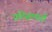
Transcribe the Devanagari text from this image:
प्रतिस्तपर्धा